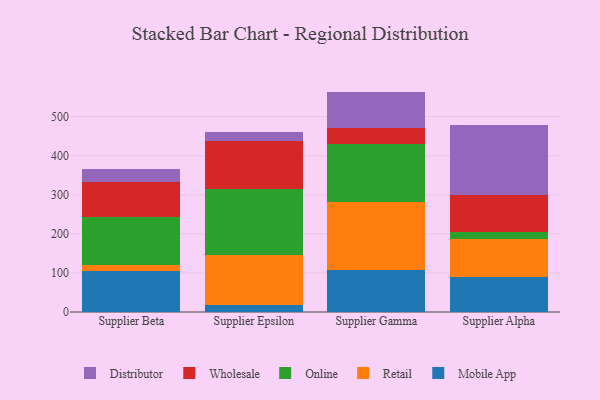
{"axis": {"x": "Supplier", "y": "Latency (ms)"}, "legend": ["Distributor", "Mobile App", "Online", "Retail", "Wholesale"], "data": [{"x": "Supplier Beta", "y": 105.5, "type": "Mobile App"}, {"x": "Supplier Beta", "y": 14.9, "type": "Retail"}, {"x": "Supplier Beta", "y": 121.7, "type": "Online"}, {"x": "Supplier Beta", "y": 89.9, "type": "Wholesale"}, {"x": "Supplier Beta", "y": 32.9, "type": "Distributor"}, {"x": "Supplier Epsilon", "y": 17.0, "type": "Mobile App"}, {"x": "Supplier Epsilon", "y": 130.1, "type": "Retail"}, {"x": "Supplier Epsilon", "y": 168.8, "type": "Online"}, {"x": "Supplier Epsilon", "y": 121.0, "type": "Wholesale"}, {"x": "Supplier Epsilon", "y": 22.8, "type": "Distributor"}, {"x": "Supplier Gamma", "y": 108.0, "type": "Mobile App"}, {"x": "Supplier Gamma", "y": 172.9, "type": "Retail"}, {"x": "Supplier Gamma", "y": 148.2, "type": "Online"}, {"x": "Supplier Gamma", "y": 42.1, "type": "Wholesale"}, {"x": "Supplier Gamma", "y": 93.1, "type": "Distributor"}, {"x": "Supplier Alpha", "y": 90.3, "type": "Mobile App"}, {"x": "Supplier Alpha", "y": 95.6, "type": "Retail"}, {"x": "Supplier Alpha", "y": 17.9, "type": "Online"}, {"x": "Supplier Alpha", "y": 96.7, "type": "Wholesale"}, {"x": "Supplier Alpha", "y": 178.3, "type": "Distributor"}]}